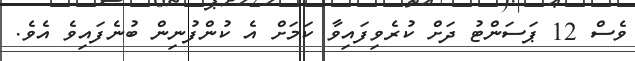
ވެސް 12 ޕަސަންޓު ދަށް ކުރެވިފައިވާ ކަމަށް އެ ކުންފުނިން ބުނެފައިވެ އެވެ.